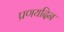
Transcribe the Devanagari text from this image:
प्रणयदिन